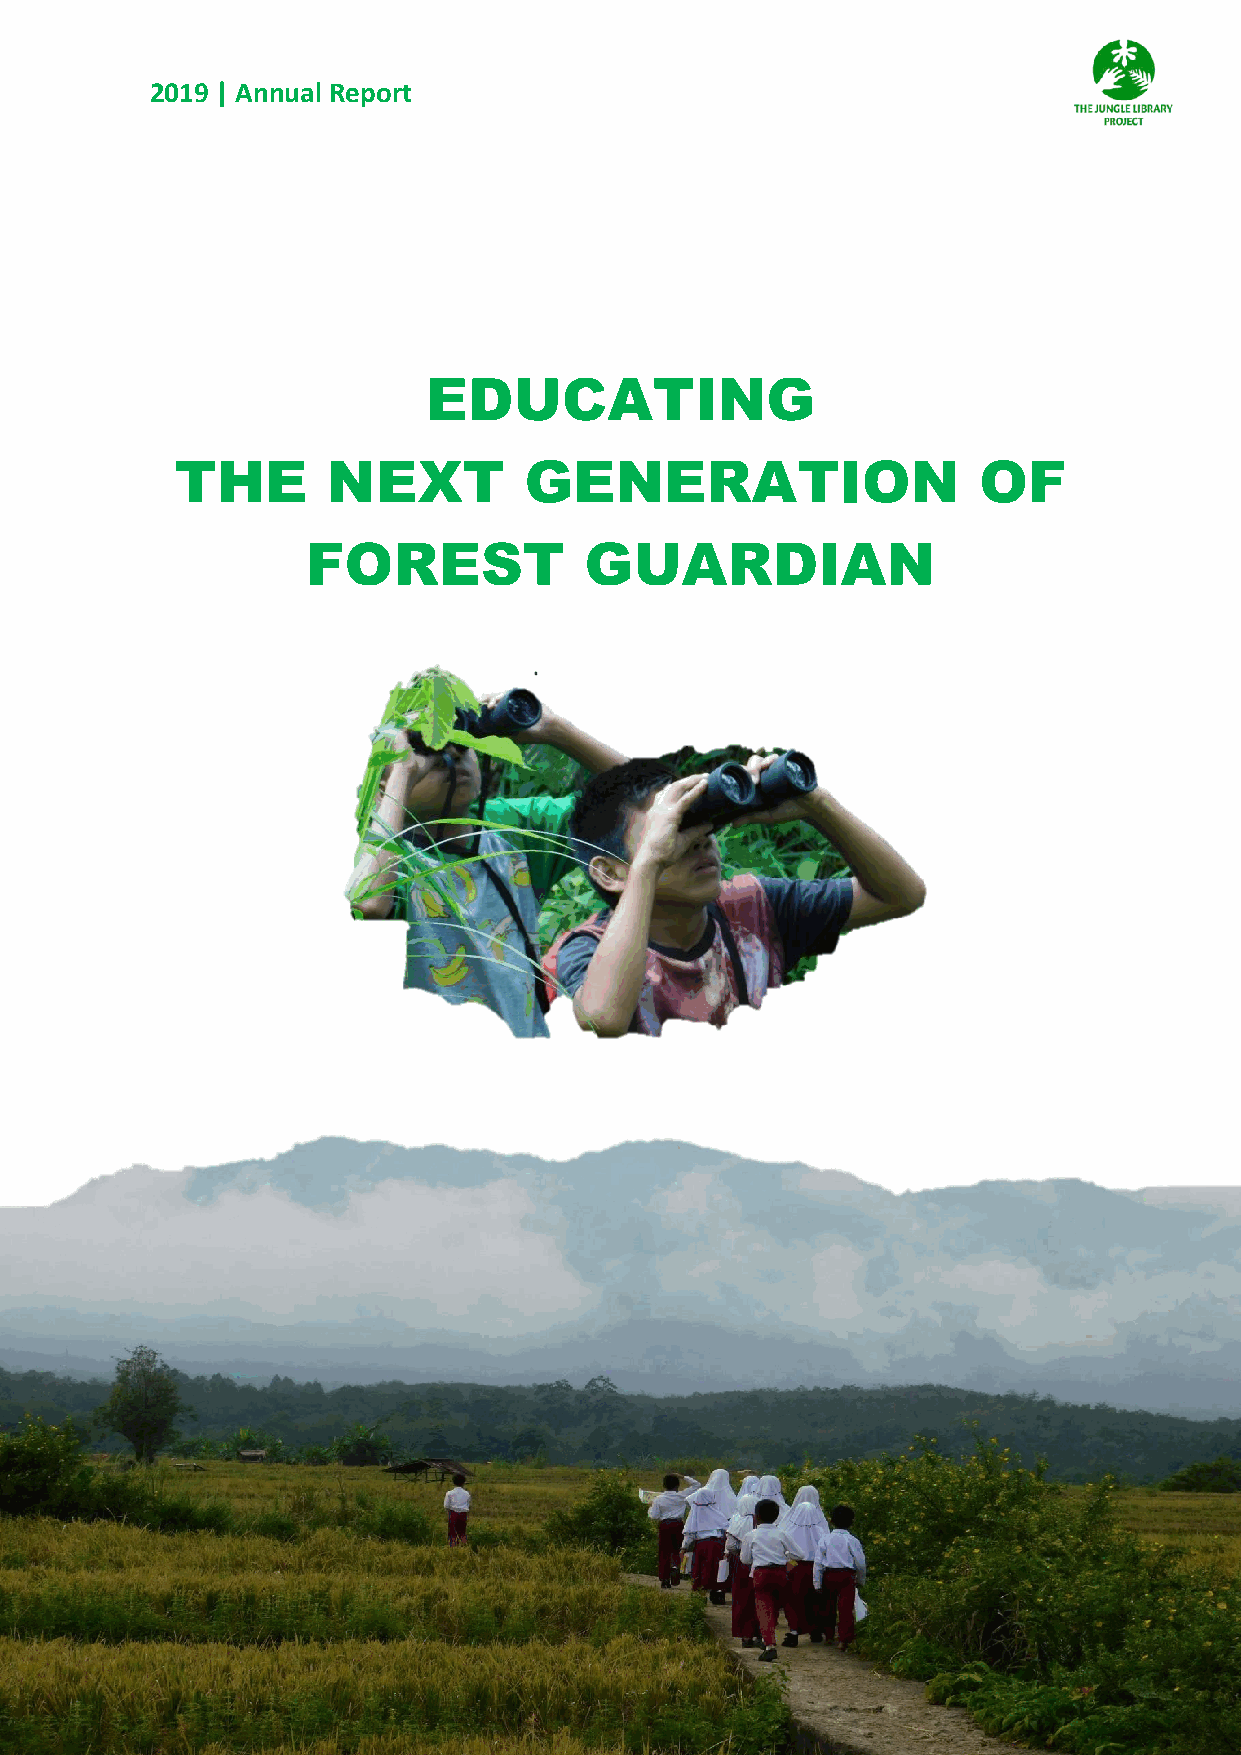
2019 | Annual Report
 EDUCATING
 THE       NEXT         GENERATION                    OF
 FOREST             GUARDIAN